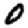
Digit: 0